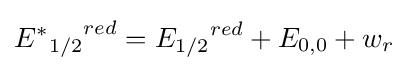
{{E^{*}}_{1/2}}^{red}={E_{1/2}}^{red}+E_{0,0}+w_{r}